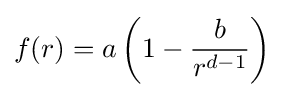
f(r)=a\left(1-{\frac {b}{r^{d-1}}}\right)